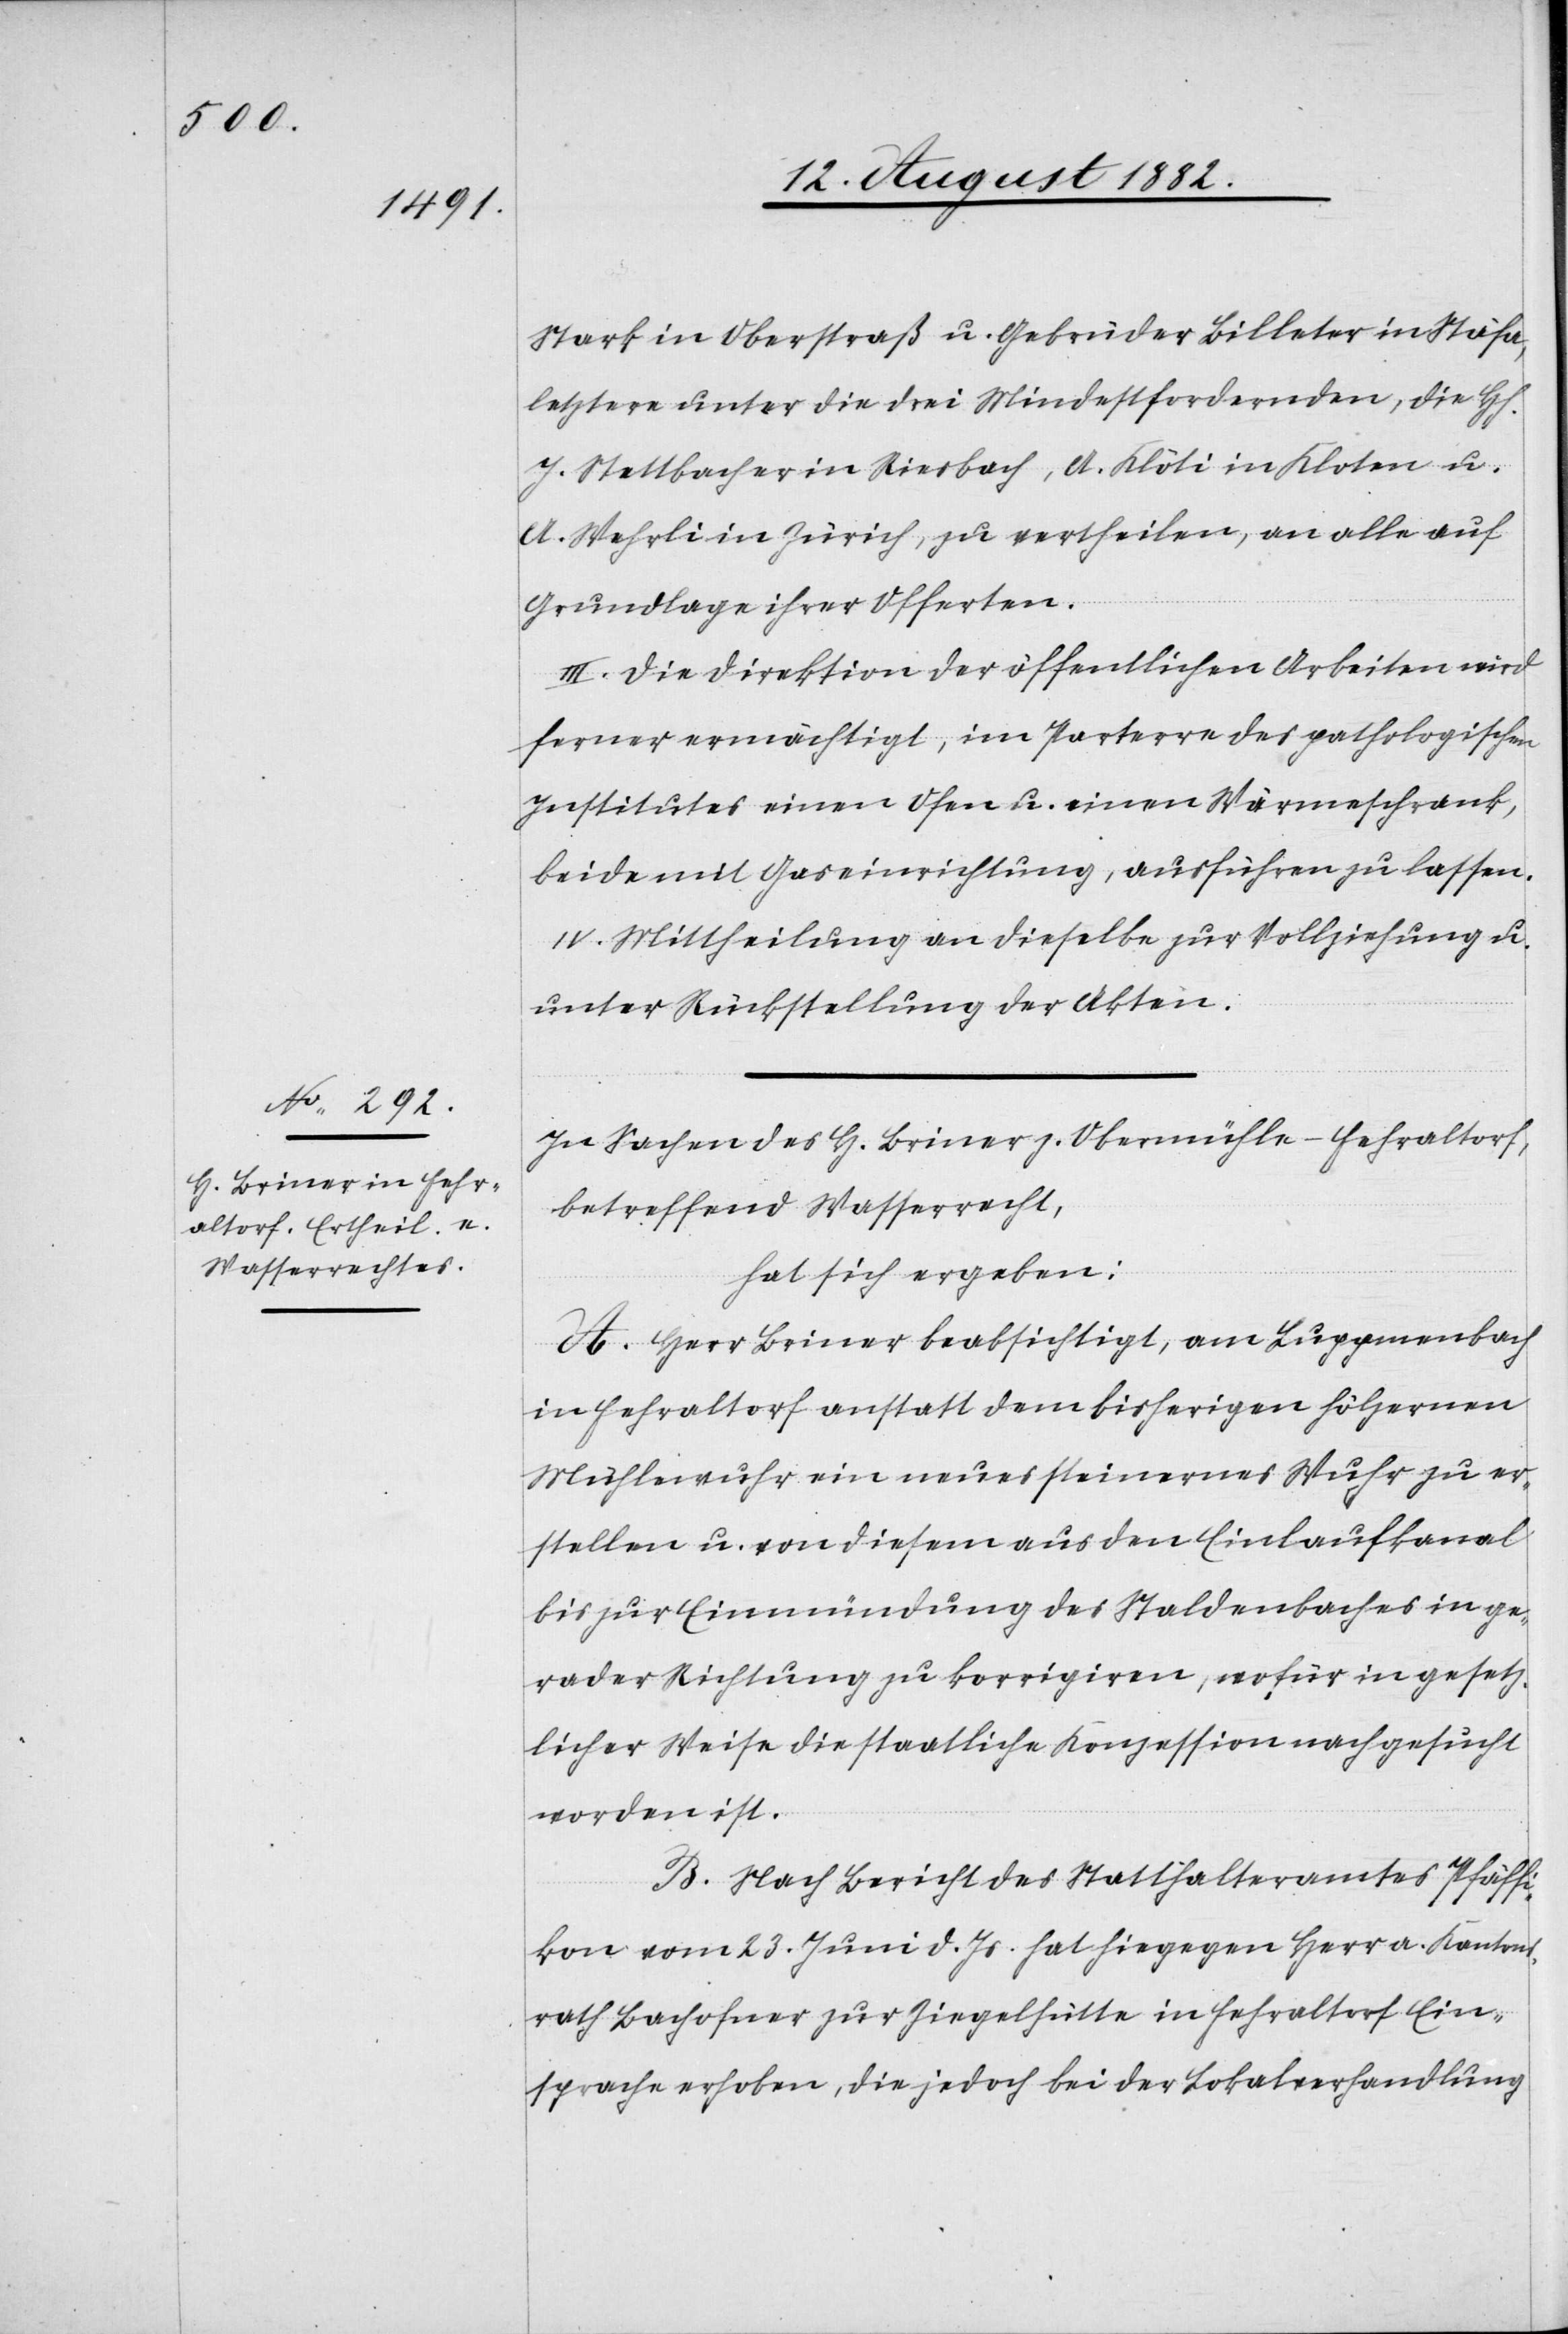
Stark in Oberstraß u. Gebrüder Billeter in Stäfa,
letztere unter die drei Mindestfordernden, die H[erren]
J. Stettbacher in Riesbach, A. Klöti in Kloten u.
A. Wehrli in Zürich, zu vertheilen, an alle auf
Grundlage ihrer Offerten.
III. Die Direktion der öffentlichen Arbeiten wird
ferner ermächtigt, im Parterre des pathologischen
Institutes einen Ofen u. einen Wärmeschrank,
beide mit Gaseinrichtung, ausführen zu lassen.
IV. Mittheilung an dieselbe, zur Vollziehung u.
unter Rückstellung der Akten.
In Sachen des H. Briner z. Obermühle - Fehraltorf,
betreffend Wasserrecht,
hat sich ergeben:
A: Herr Briner beabsichtigt, am Luppmenbach
in Fehraltorf anstatt dem bisherigen hölzernen
Mühlenwuhr ein neues steinernes Wuhr zu er¬
stellen u. von diesem aus den Einlaufkanal
bis zur Einmündung des Staldenbaches in ge¬
rader Richtung zu korrigiren, wofür in gesetz¬
licher Weise die staatliche Konzession nachgesucht
worden ist.
B. Nach Bericht des Statthalteramtes Pfäffi¬
kon vom 23. Juni d. Js. hat hiegegen Herr a. Kantons¬
rath Bachofner zur Ziegelhütte in Fehraltorf Ein¬
sprache erhoben, die jedoch bei der Lokalverhandlung